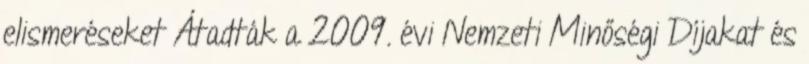
elismeréseket Átadták a 2009. évi Nemzeti Minőségi Díjakat és